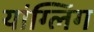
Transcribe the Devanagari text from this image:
यांग्लिंग